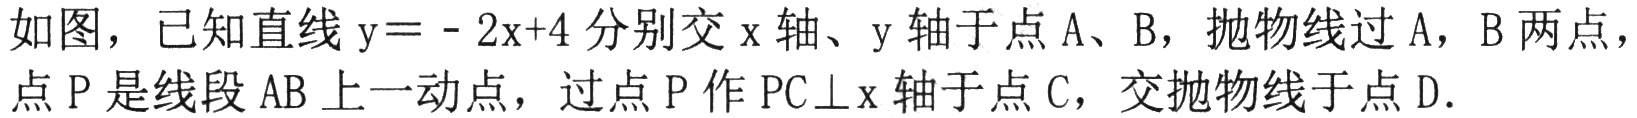
如图，已知直线$\mathrm{y}=-2\mathrm{x}+4$分别交$\mathrm{x}$轴、$\mathrm{y}$轴于点$\mathrm{A}$、$\mathrm{B}$，抛物线过$\mathrm{A}$，$\mathrm{B}$两点，点$\mathrm{P}$是线段$\mathrm{AB}$上一动点，过点$\mathrm{P}$作$\mathrm{PC}\perp\mathrm{x}$轴于点$\mathrm{C}$，交抛物线于点$\mathrm{D}$．